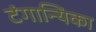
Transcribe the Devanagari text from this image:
टंगान्यिका